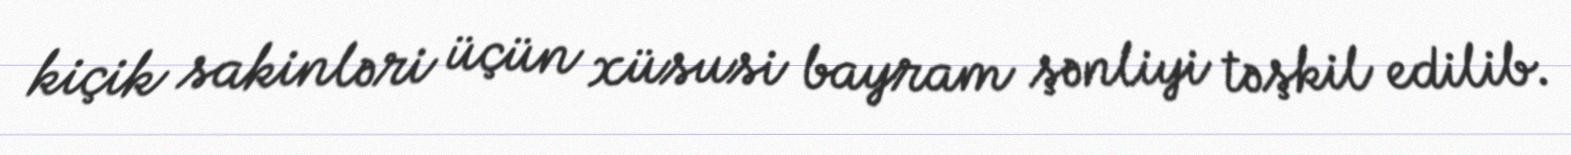
kiçik sakinləri üçün xüsusi bayram şənliyi təşkil edilib.